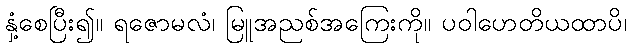
နှံ့စေပြီး၍။ ရဇောမလံ၊ မြူအညစ်အကြေးကို။ ပဝါဟေတိယထာပိ၊